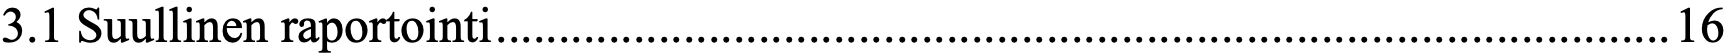
3.1 Suullinen raportointi .............................................................................................. 16